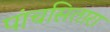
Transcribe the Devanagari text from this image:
पांचसितारा